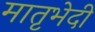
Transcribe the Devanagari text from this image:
मातृभेदी